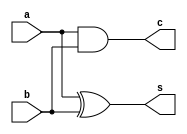
//20E207_DIVYABHARATHI_R

module halfadd(
    input a,b,
    output s,c
    );
	 xor g1(s,a,b);
	 and g2(c,a,b);


endmodule